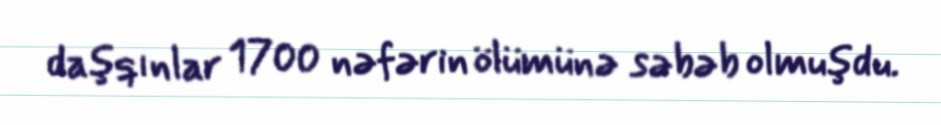
daşqınlar 1700 nəfərin ölümünə səbəb olmuşdu.